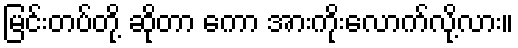
မြင်းတပ်တို့ ဆိုတာ ကော အားကိုးလောက်လို့လား။